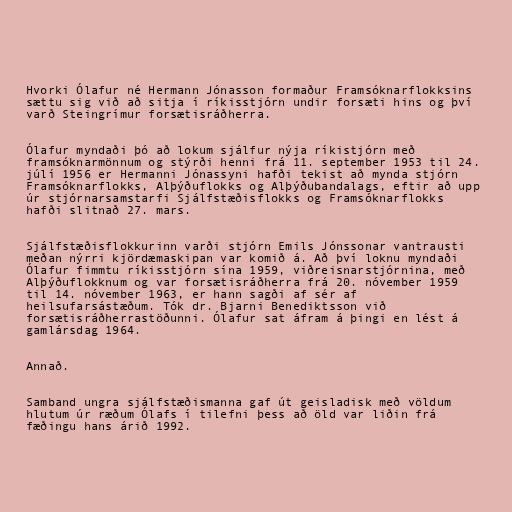
Hvorki Ólafur né Hermann Jónasson formaður Framsóknarflokksins
sættu sig við að sitja í ríkisstjórn undir forsæti hins og því
varð Steingrímur forsætisráðherra.

Ólafur myndaði þó að lokum sjálfur nýja ríkistjórn með
framsóknarmönnum og stýrði henni frá 11. september 1953 til 24.
júlí 1956 er Hermanni Jónassyni hafði tekist að mynda stjórn
Framsóknarflokks, Alþýðuflokks og Alþýðubandalags, eftir að upp
úr stjórnarsamstarfi Sjálfstæðisflokks og Framsóknarflokks
hafði slitnað 27. mars.

Sjálfstæðisflokkurinn varði stjórn Emils Jónssonar vantrausti
meðan nýrri kjördæmaskipan var komið á. Að því loknu myndaði
Ólafur fimmtu ríkisstjórn sína 1959, viðreisnarstjórnina, með
Alþýðuflokknum og var forsætisráðherra frá 20. nóvember 1959
til 14. nóvember 1963, er hann sagði af sér af
heilsufarsástæðum. Tók dr. Bjarni Benediktsson við
forsætisráðherrastöðunni. Ólafur sat áfram á þingi en lést á
gamlársdag 1964.

Annað.

Samband ungra sjálfstæðismanna gaf út geisladisk með völdum
hlutum úr ræðum Ólafs í tilefni þess að öld var liðin frá
fæðingu hans árið 1992.